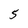
Character: 5